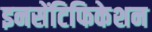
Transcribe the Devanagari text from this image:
इनसेंटिफिकेशन